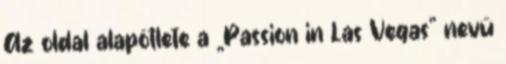
Az oldal alapötlete a „Passion in Las Vegas” nevű